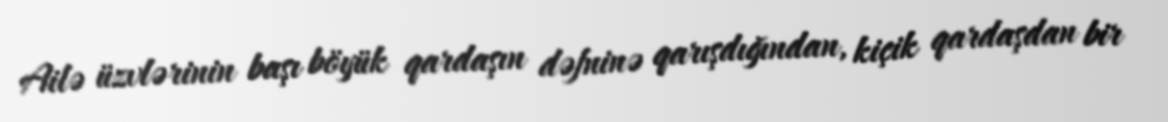
Ailə üzvlərinin başı böyük qardaşın dəfninə qarışdığından, kiçik qardaşdan bir